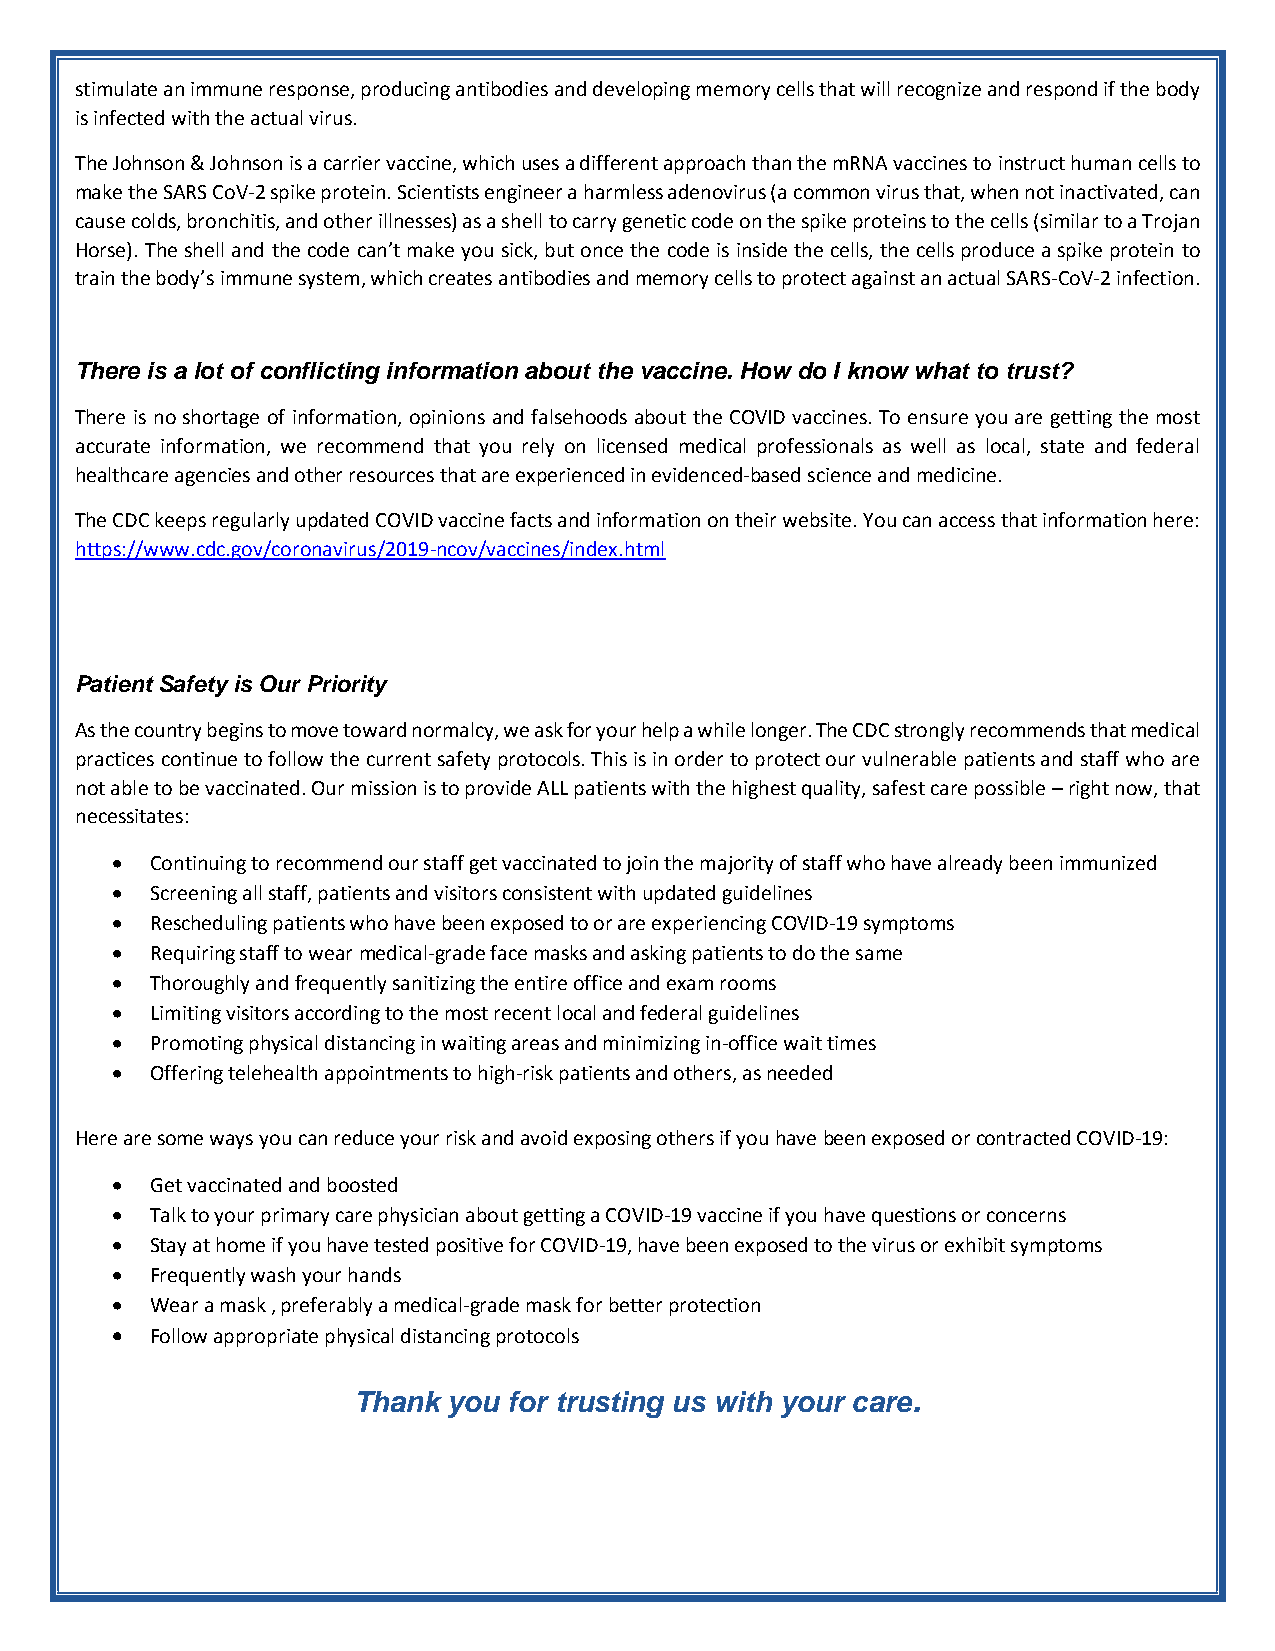
stimulate an immune response, producing antibodies and developing memory cells that will recognize and respond if the body
 is infected with the actual virus.
 The Johnson & Johnson is a carrier vaccine, which uses a different approach than the mRNA vaccines to instruct human cells to
 make the SARS CoV-2 spike protein. Scientists engineer a harmless adenovirus (a common virus that, when not inactivated, can
 cause colds, bronchitis, and other illnesses) as a shell to carry genetic code on the spike proteins to the cells (similar to a Trojan
 Horse). The shell and the code can’t make you sick, but once the code is inside the cells, the cells produce a spike protein to
 train the body’s immune system, which creates antibodies and memory cells to protect against an actual SARS-CoV-2 infection.
 There is a lot of conflicting information about the vaccine. How do I know what to trust?
 There is no shortage of information, opinions and falsehoods about the COVID vaccines. To ensure you are getting the most
 accurate information, we recommend that you rely on licensed medical professionals as well as local, state and federal
 healthcare agencies and other resources that are experienced in evidenced-based science and medicine.
 The CDC keeps regularly updated COVID vaccine facts and information on their website. You can access that information here:
 https://www.cdc.gov/coronavirus/2019-ncov/vaccines/index.html
 Patient Safety is Our Priority
 As the country begins to move toward normalcy, we ask for your help a while longer. The CDC strongly recommends that medical
 practices continue to follow the current safety protocols. This is in order to protect our vulnerable patients and staff who are
 not able to be vaccinated. Our mission is to provide ALL patients with the highest quality, safest care possible – right now, that
 necessitates:
   Continuing to recommend our staff get vaccinated to join the majority of staff who have already been immunized
   Screening all staff, patients and visitors consistent with updated guidelines
   Rescheduling patients who have been exposed to or are experiencing COVID-19 symptoms
   Requiring staff to wear medical-grade face masks and asking patients to do the same
   Thoroughly and frequently sanitizing the entire office and exam rooms
   Limiting visitors according to the most recent local and federal guidelines
   Promoting physical distancing in waiting areas and minimizing in-office wait times
   Offering telehealth appointments to high-risk patients and others, as needed
 Here are some ways you can reduce your risk and avoid exposing others if you have been exposed or contracted COVID-19:
   Get vaccinated and boosted
   Talk to your primary care physician about getting a COVID-19 vaccine if you have questions or concerns
   Stay at home if you have tested positive for COVID-19, have been exposed to the virus or exhibit symptoms
   Frequently wash your hands
   Wear a mask , preferably a medical-grade mask for better protection
   Follow appropriate physical distancing protocols
 Thank  you for trusting us with your care.